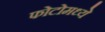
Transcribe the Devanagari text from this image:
फोटोमध्ये